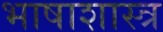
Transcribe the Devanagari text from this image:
भाषाशास्‍त्र